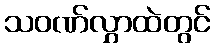
သဝဏ်လွှာထဲတွင်